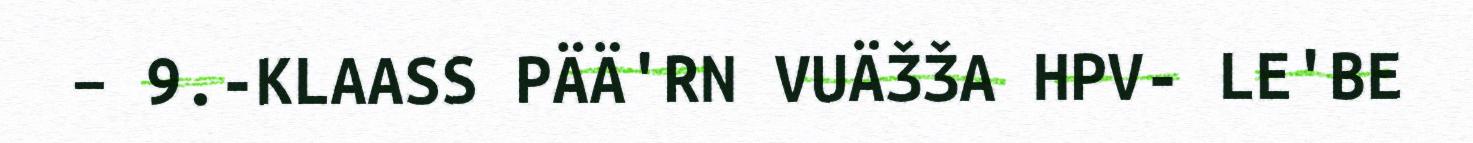
– 9.-KLAASS PÄÄ'RN VUÄǮǮA HPV- LE'BE